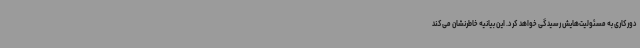
دورکاری به مسئولیت‌هایش رسیدگی خواهد کرد. این بیانیه خاطرنشان می‌کند